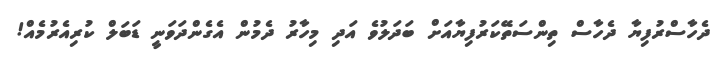
ދެހާސްރުފިޔާ ދެހާސް ތިންސަތޭކަރުފިޔާއަށް ބަދަލުވެ އަދި މިހާރު ދެމުން އެގެންދަވަނީ ޑަބަލް ކުރިއެރުމެއް!